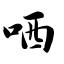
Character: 哂